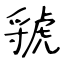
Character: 虢